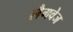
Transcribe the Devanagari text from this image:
लैगवेज